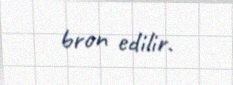
bron edilir.